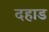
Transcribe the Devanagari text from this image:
दहाड